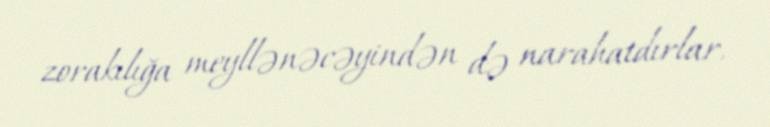
zorakılığa meyllənəcəyindən də narahatdırlar.